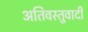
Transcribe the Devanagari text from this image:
अतिवस्तुवादी